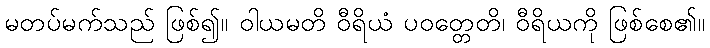
မတပ်မက်သည် ဖြစ်၍။ ဝါယမတိ ဝီရိယံ ပဝတ္တေတိ၊ ဝီရိယကို ဖြစ်စေ၏။